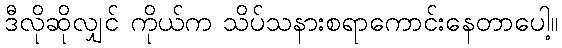
ဒီလိုဆိုလျှင် ကိုယ်က သိပ်သနားစရာကောင်းနေတာပေါ့။